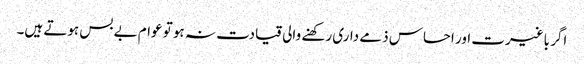
اگر باغیرت اور احساس ذمے داری رکھنے والی قیادت نہ ہو تو عوام بے بس ہوتے ہیں۔